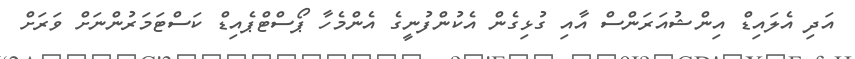
އަދި އެލައިޑް އިންޝުއަރަންސް އާއި ގުޅިގެން އެކުންފުނީގެ އެންމެހާ ޕޯސްޓްޕެއިޑް ކަސްޓަމަރުންނަށް ވަރަށް